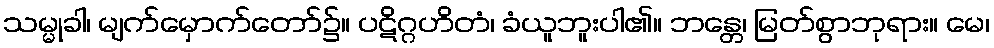
သမ္မုခါ၊ မျက်မှောက်တော်၌။ ပဋိဂ္ဂဟိတံ၊ ခံယူဘူးပါ၏။ ဘန္တေ၊ မြတ်စွာဘုရား။ မေ၊